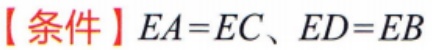
【条件】$EA = EC、ED = EB$